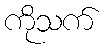
ကိုသက်